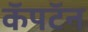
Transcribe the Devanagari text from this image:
कॅपटॅन